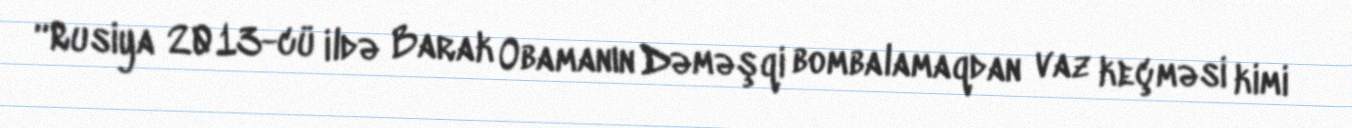
“Rusiya 2013-cü ildə Barak Obamanın Dəməşqi bombalamaqdan vaz keçməsi kimi